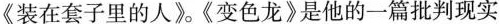
《装在套子里的人》《变色龙》是他的一篇批判现实